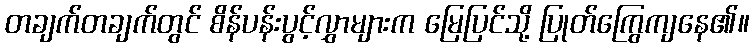
တချက်တချက်တွင် စိန်ပန်းပွင့်လွှာများက မြေပြင်သို့ ပြုတ်ကြွေကျနေ၏။